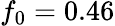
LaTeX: f_{0}=0.46